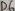
Text: D5